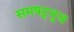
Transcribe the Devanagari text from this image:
समषट्भुज